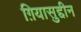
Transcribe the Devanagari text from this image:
ग़ियासुद्दीन